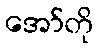
အော်တို